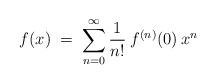
\begin{align*}f(x) \;=\; \sum_{n=0}^\infty \frac{1}{n!} \:f^{(n)}(0) \: x^n\end{align*}